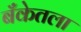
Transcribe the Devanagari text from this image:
बँकेतला